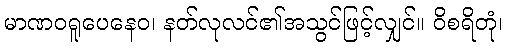
မာဏဝရူပေနေဝ၊ နတ်လုလင်၏အသွင်ဖြင့်လျှင်။ ဝိစရိတုံ၊